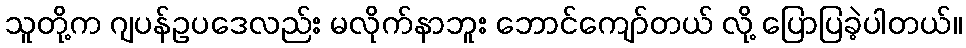
သူတို့က ဂျပန်ဥပဒေလည်း မလိုက်နာဘူး ဘောင်ကျော်တယ် လို့ ပြောပြခဲ့ပါတယ်။